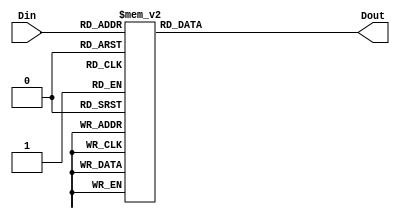
/*
Name: The Magnesium Team (Olanrewaju Ibironke, Su Hui Tan, Anitha Ramesh Puranik, Meghna Chittajallu)
Date: April 13, 2016
Project: seven segment display with 4-bit input
*/
module SevenSegDisp(Din,Dout);
output [6:0] Dout;
input [3:0] Din;
reg [6:0] Dout;

always @(Din)
begin
	case(Din)
	4'b0000:begin
	Dout = 7'b0000001;
	end
	4'b0001:begin
	Dout = 7'b1001111;
	end
	4'b0010:begin
	Dout = 7'b0010010;
	end
	4'b0011:begin
	Dout = 7'b0000110;
	end
	4'b0100:begin
	Dout = 7'b1001100;
	end
	4'b0101:begin
	Dout = 7'b0100100;
	end
	4'b0110:begin
	Dout = 7'b0100000;
	end
	4'b0111:begin
	Dout = 7'b0001111;
	end
	4'b1000:begin
	Dout = 7'b0000000;
	end
	4'b1001:begin
	Dout = 7'b0001100;
	end
	4'b1010:begin
	Dout = 7'b0001000;
	end
	4'b1011:begin
	Dout = 7'b1100000;
	end
	4'b1100:begin
	Dout = 7'b0110001;
	end
	4'b1101:begin
	Dout = 7'b1000010;
	end
	4'b1110:begin
	Dout = 7'b0110000;
	end
	4'b1111:begin
	Dout = 7'b0111000;
	end
	default:begin
	Dout = 7'b1111110;
	end
	endcase
end
endmodule